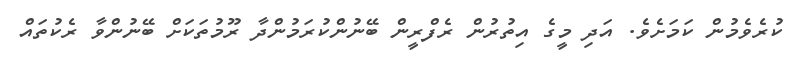
ކުރެވެމުން ކަމަށެވެ. އަދި މީގެ އިތުރުން ރެފްރީން ބޭނުންކުރަމުންދާ ރޫމުތަކަށް ބޭނުންވާ ރެކުތައް